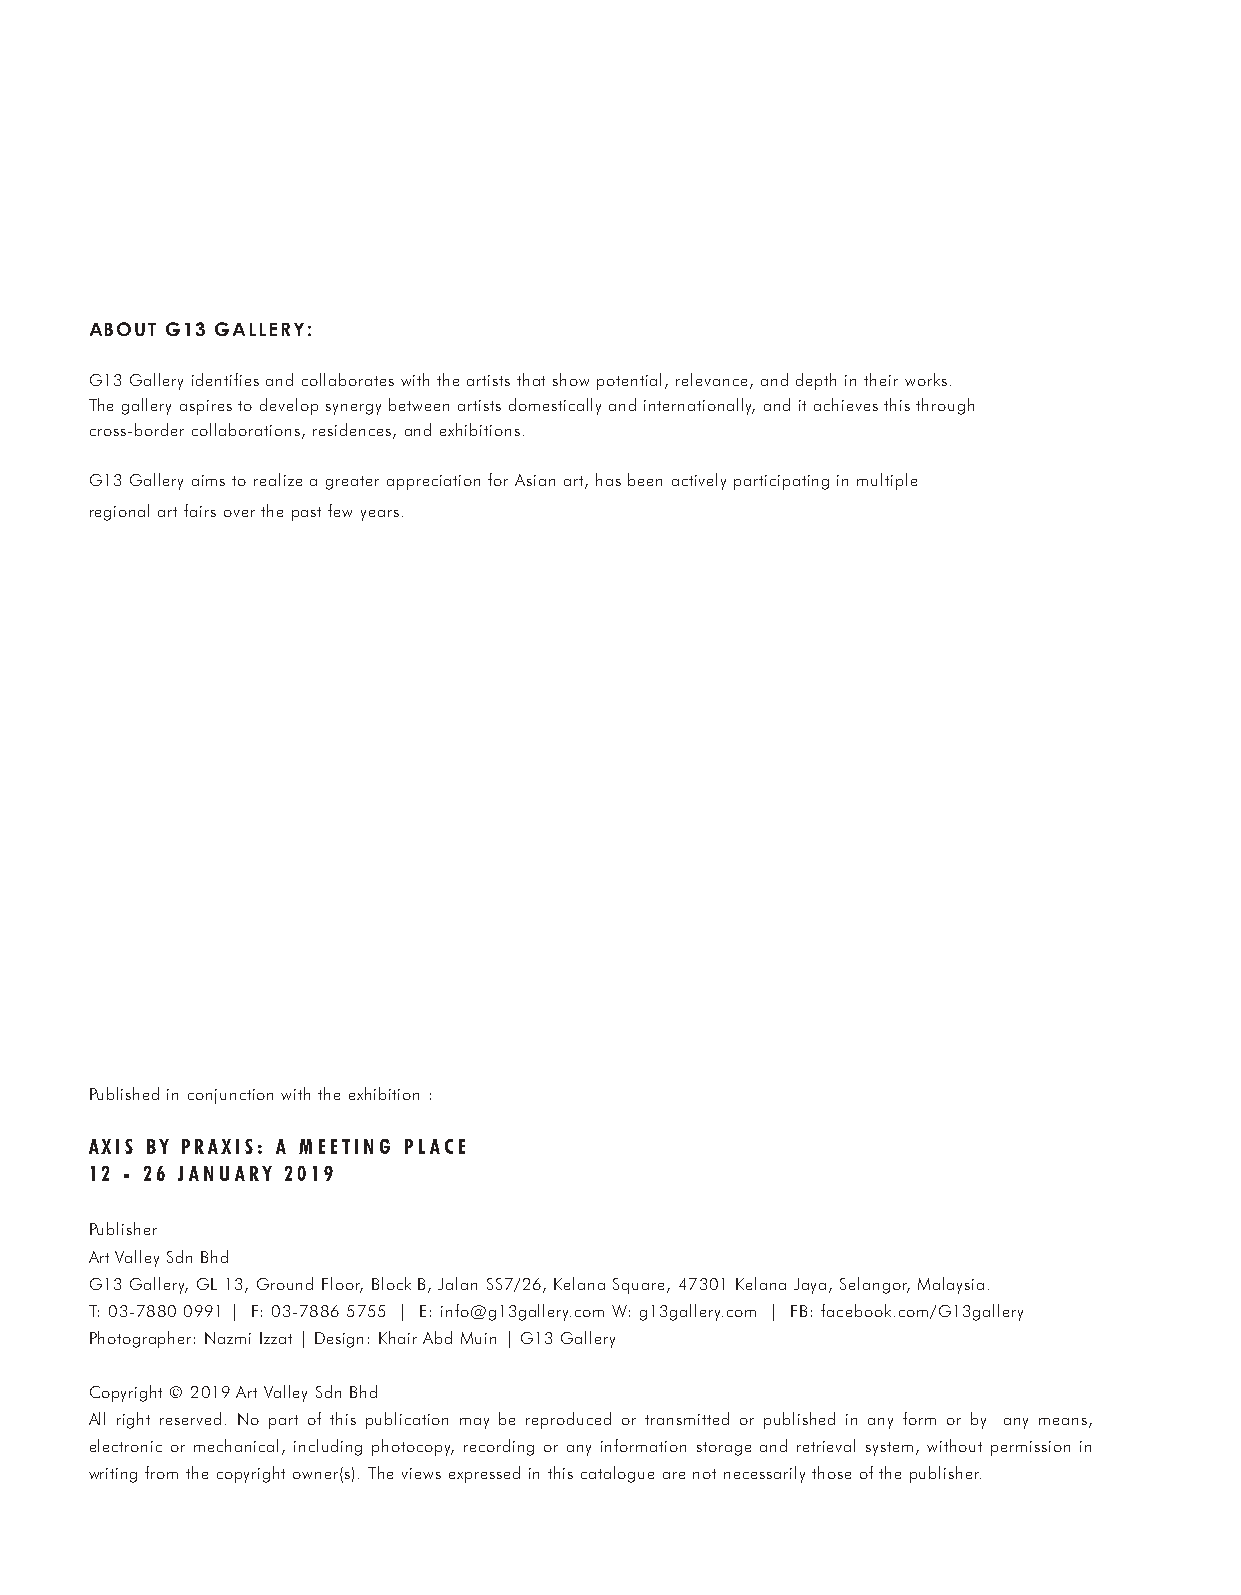
ABOUT G13 GALLERY:
 G13 Gallery identifies and collaborates with the artists that show potential, relevance, and depth in their works.
 The gallery aspires to develop synergy between artists domestically and internationally, and it achieves this through
 cross-border collaborations, residences, and exhibitions.
 G13 Gallery aims to realize a greater appreciation for Asian art, has been actively participating in multiple
 regional art fairs over the past few years.
 Published in conjunction with the exhibition :
 AXIS BY PRAXIS: A MEETING PLACE
 12 - 26 JANUARY 2019
 Publisher
 Art Valley Sdn Bhd
 G13 Gallery, GL 13, Ground Floor, Block B, Jalan SS7/26, Kelana Square, 47301 Kelana Jaya, Selangor, Malaysia.
 T: 03-7880 0991 | F: 03-7886 5755 | E: info@g13gallery.com W: g13gallery.com | FB: facebook.com/G13gallery
 Photographer: Nazmi Izzat | Design: Khair Abd Muin | G13 Gallery
 Copyright © 2019 Art Valley Sdn Bhd
 All right reserved. No part of this publication may be reproduced or transmitted or published in any form or by any means,
 electronic or mechanical, including photocopy, recording or any information storage and retrieval system, without permission in
 writing from the copyright owner(s). The views expressed in this catalogue are not necessarily those of the publisher.